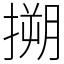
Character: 搠